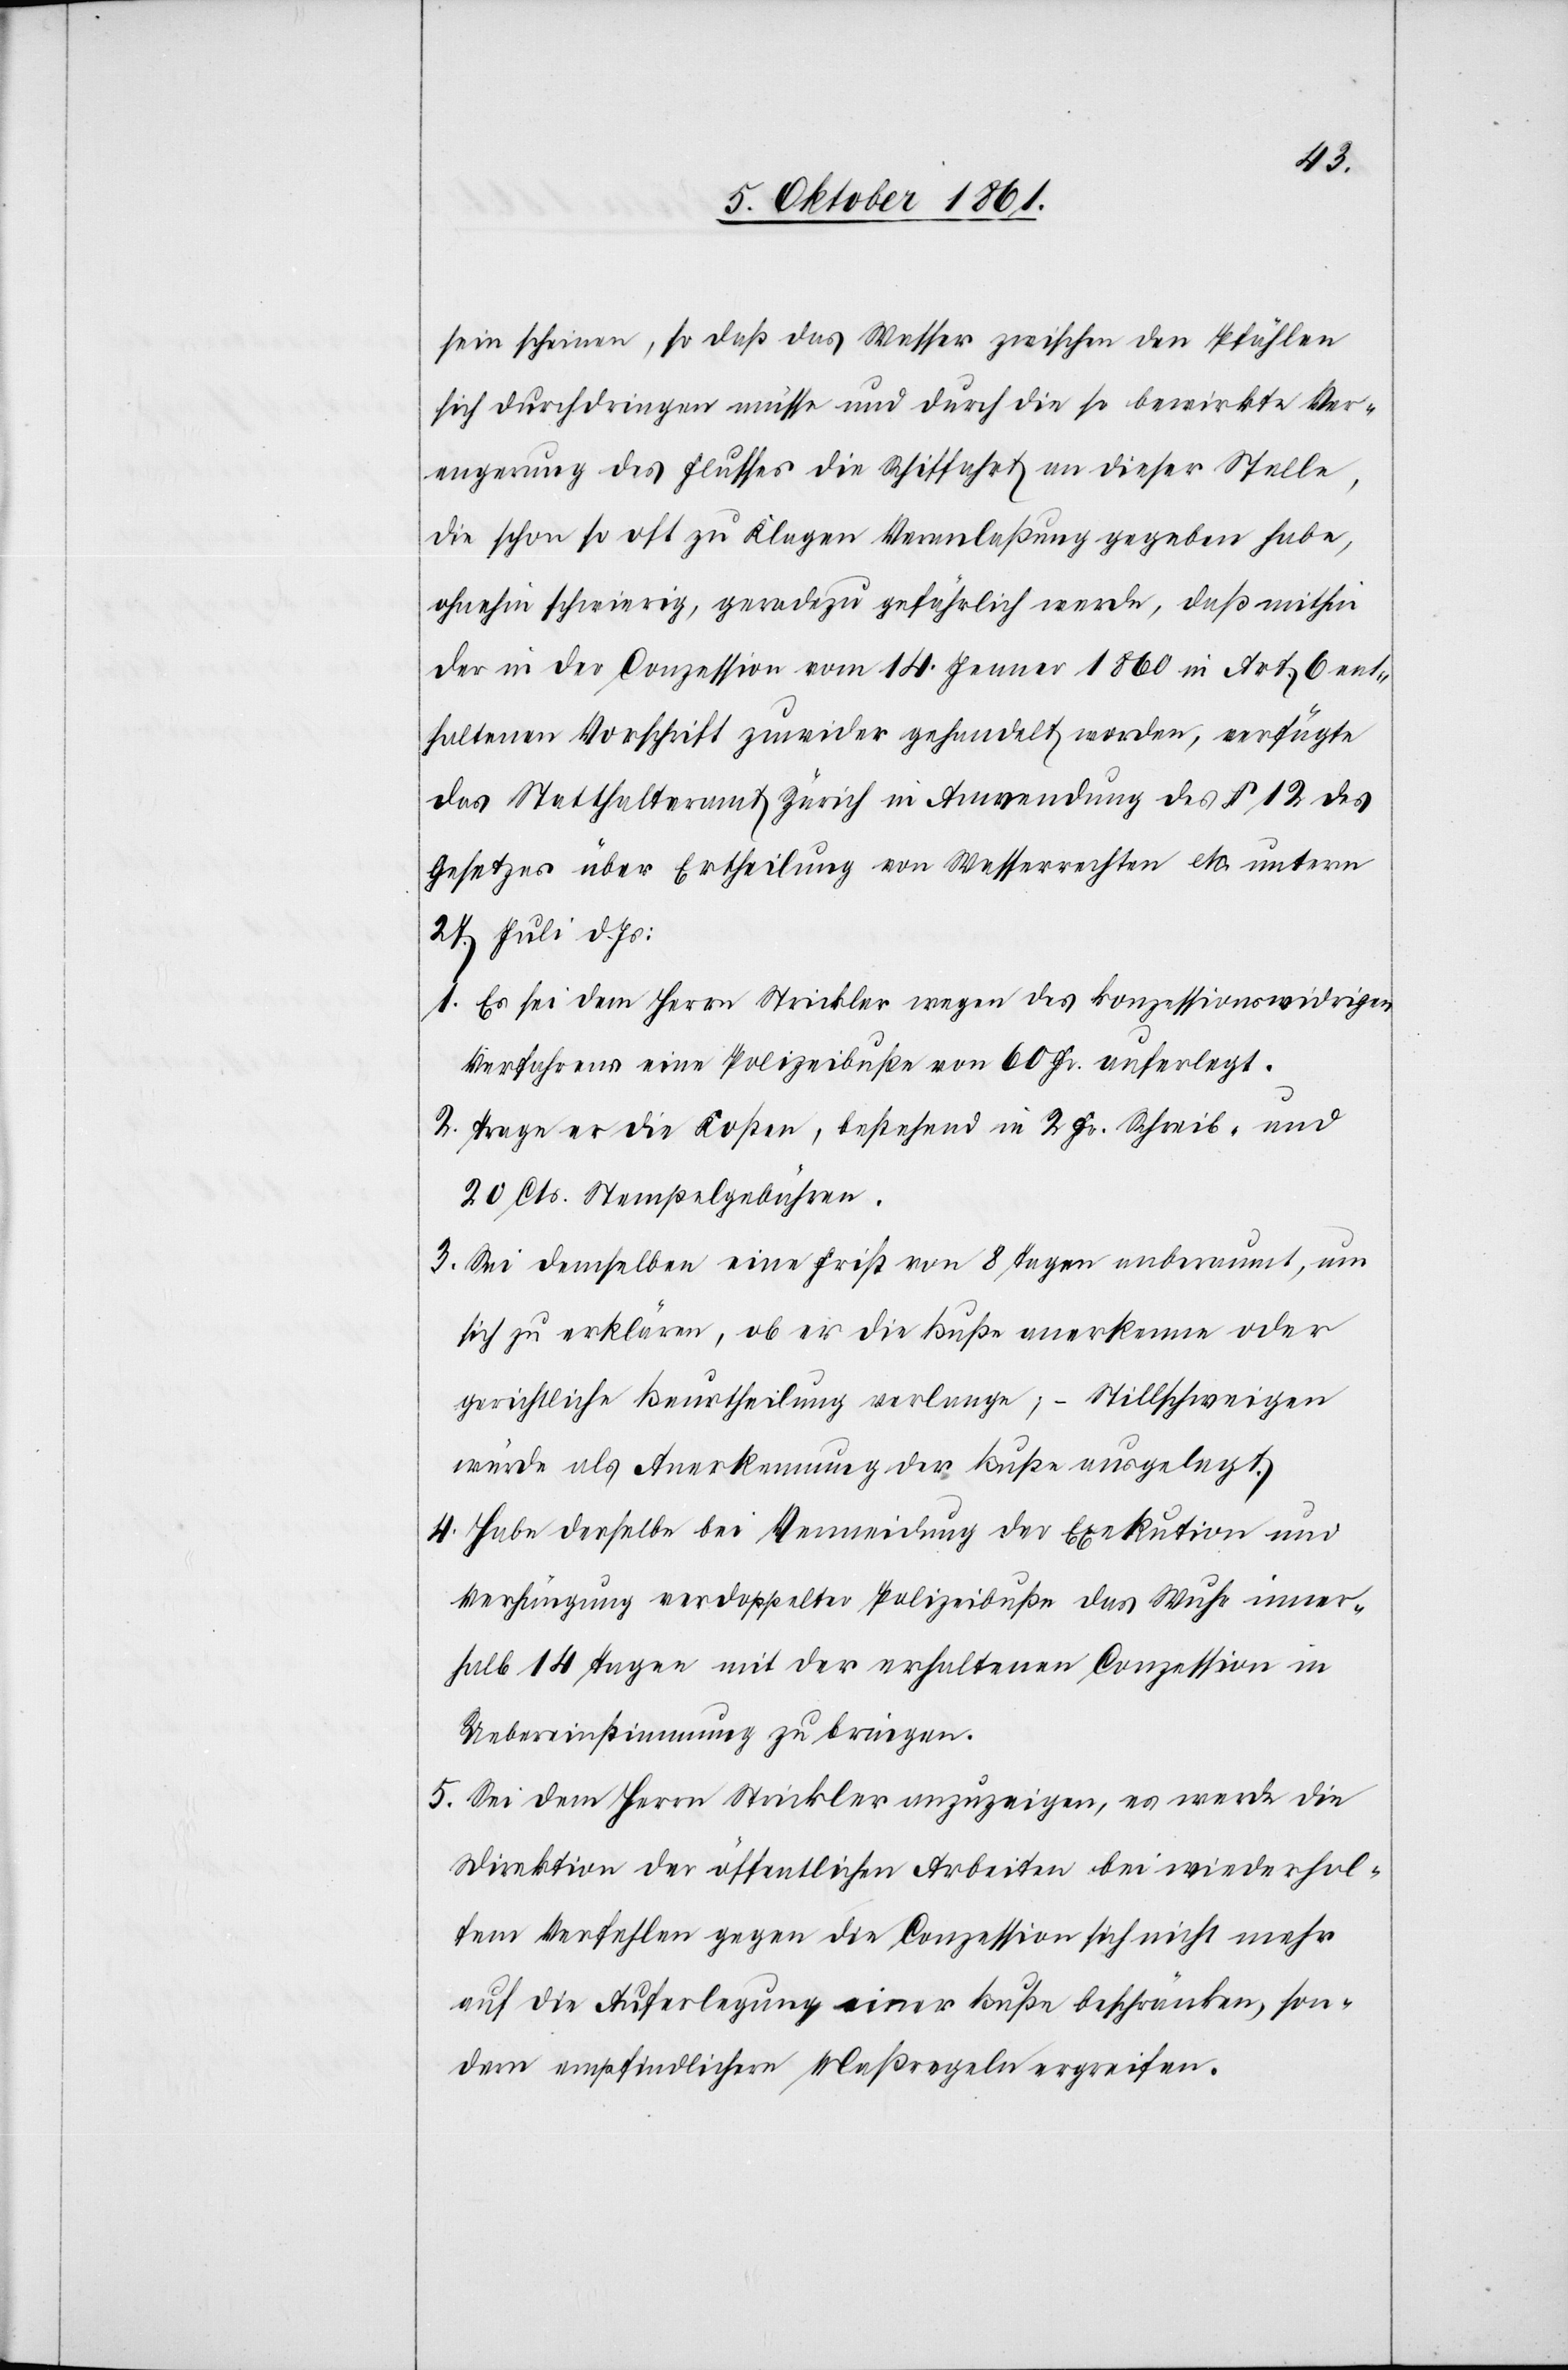
sein scheinen, so daß das Wasser zwischen den Pfählen
sich durchdringen müsse und durch die so bewirkte Ver¬
engung des Flusses die Schiffahrt an dieser Stelle,
die schon so oft zu Klagen Veranlaßung gegeben habe,
ohnehin schwierig, geradezu gefährlich werde, daß mithin
der in der Conzession vom 14 Jenner 1860 in Art. 6 ent¬
haltenen Vorschrift zuwieder gehandelt worden, verfügte
das Statthalteramt Zürich in Anwendung des § 12 des
Gesetzes über Ertheilung von Wasserrechten etc. unterm
27 Juli d. Js.:
Es sei dem Herrn Strickler wegen des konzessionswidrigen
1.
Verfahrens eine Polizeibuße von 60 Fr. auferlegt.
2. Trage er die Kosten, bestehend in 2 Fr. Schreib- und
20 Cts. Stempelgebühren.
3. Sei demselben eine Frist von 8 Tagen anberaumt, um
sich zu erklären, ob er die Buße anerkenne oder
gerichtliche Beurtheilung verlange, – Stillschweigen
würde als Anerkennung der Buße ausgelegt.
4. Habe derselbe bei Vermeidung der Execution und
Verhängung verdoppelter Polizeibuße das Wuhr inner¬
halb 14 Tagen mit der erhaltenen Conzession in
Uebereinstimmung zu bringen.
5. Sei dem Herrn Strickler anzuzeigen, es werde die
Direktion der öffentlichen Arbeiten bei wiederhol¬
tem Verfehlen gegen die Conzession sich nicht mehr
auf die Auferlegung einer Buße beschränken, son¬
dern empfindlichere Maßregeln ergreifen.